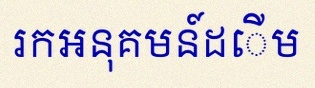
រកអនុគមន៍ដើម